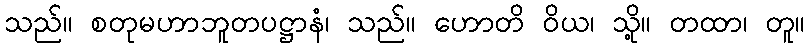
သည်။ စတုမဟာဘူတပဋ္ဌာနံ၊ သည်။ ဟောတိ ဝိယ၊ သို့။ တထာ၊ တူ။